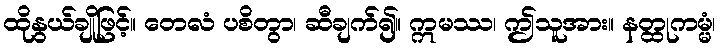
ထိုနွယ်ချိုဖြင့်။ တေလံ ပစိတွာ၊ ဆီချက်၍။ ဣမဿ၊ ဤသူအား။ နတ္ထုကမ္မံ၊